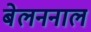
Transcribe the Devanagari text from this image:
बेलननाल